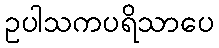
ဥပါသကပရိသာပေ